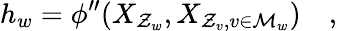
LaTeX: h_{w}=\phi^{\prime\prime}(X_{\mathcal{Z}_{w}},X_{\mathcal{Z}_{v},v\in\mathcal{M}_{w}})\quad,